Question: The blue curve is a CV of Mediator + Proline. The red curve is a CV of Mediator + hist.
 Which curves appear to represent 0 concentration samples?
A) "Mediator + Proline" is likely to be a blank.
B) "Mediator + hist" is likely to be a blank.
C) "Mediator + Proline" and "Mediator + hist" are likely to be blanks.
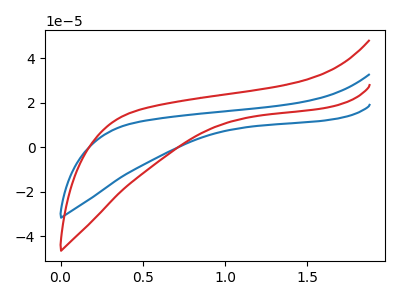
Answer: <think>The blue curve "Mediator + Proline" has no peaks. The red curve "Mediator + hist" has no peaks.</think>
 <answer>C) "Mediator + Proline" and "Mediator + hist" are likely to be blanks.</answer>
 <eval>C</eval>